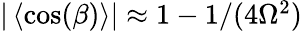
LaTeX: \begin{array}{r}{|\left\langle\cos(\beta)\right\rangle|\approx 1-1/(4\Omega^{2})}\end{array}